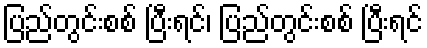
ပြည်တွင်းစစ် ပြီးရင်၊ ပြည်တွင်းစစ် ပြီးရင်